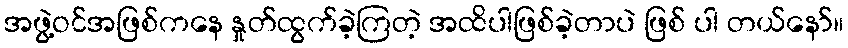
အဖွဲ့ဝင်အဖြစ်ကနေ နှုတ်ထွက်ခဲ့ကြတဲ့ အထိပါဖြစ်ခဲ့တာပဲ ဖြစ် ပါ တယ်နော်။